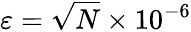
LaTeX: \varepsilon=\sqrt{N}\times 10^{-6}